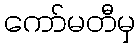
ကော်မတီမှ